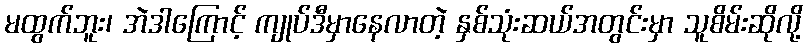
မထွက်ဘူး၊ အဲဒါကြောင့် ကျုပ်ဒီမှာနေလာတဲ့ နှစ်သုံးဆယ်အတွင်းမှာ သူစိမ်းဆိုလို့